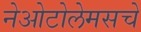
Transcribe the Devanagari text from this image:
नेओटोलेमसचे